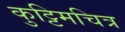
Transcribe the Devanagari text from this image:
कुट्टिमचित्र